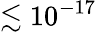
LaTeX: \lesssim 10^{-17}